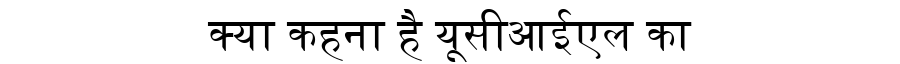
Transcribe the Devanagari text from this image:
क्या कहना है यूसीआईएल का